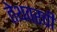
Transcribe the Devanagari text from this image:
तेथवरची